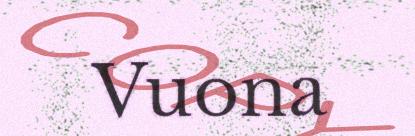
Vuona